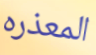
المعذره